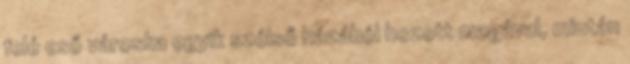
felé eső városka egyik szélső házából hozott magával, miután